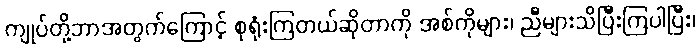
ကျုပ်တို့ဘာအတွက်ကြောင့် စုရုံးကြတယ်ဆိုတာကို အစ်ကိုများ၊ ညီများသိပြီးကြပါပြီး၊